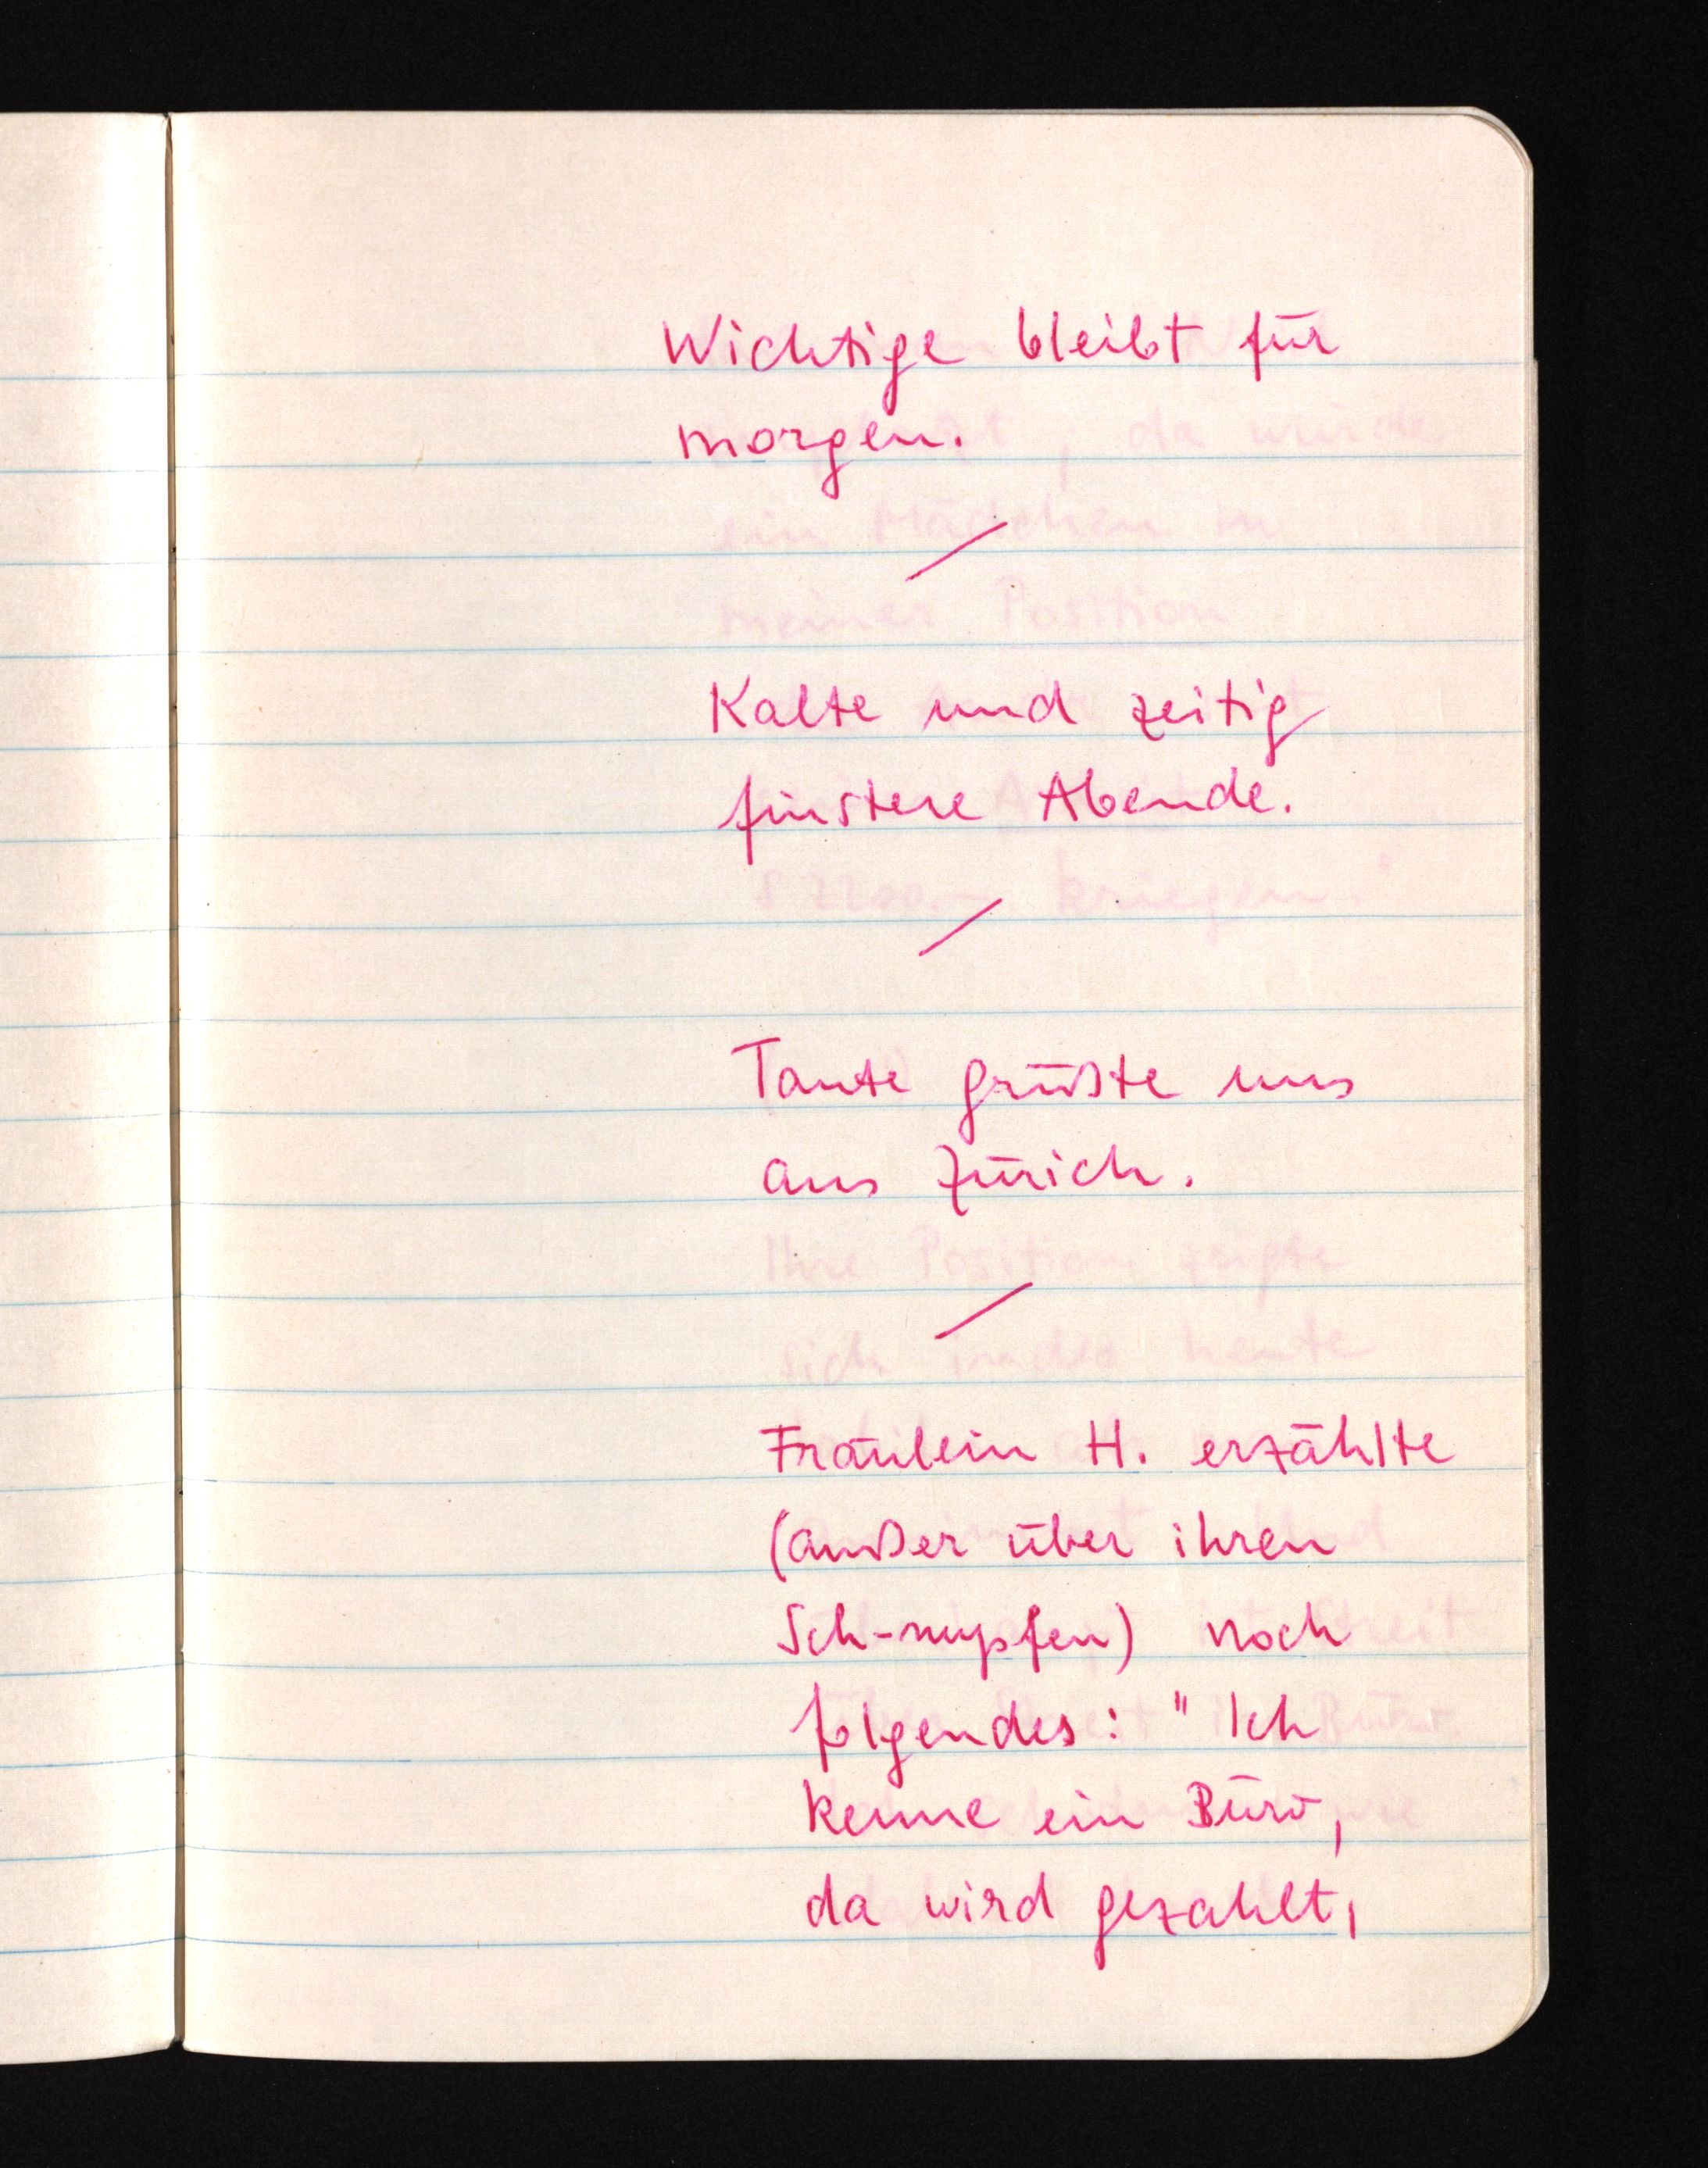
Wichtige bleibt für
morgen.
Kalte und zeitig
finstere Abende.
Tante grüßte uns
aus Zürich.
Fräulein H. erzählte
(außer über ihren
Sch-nupfen) noch
folgendes: "Ich
kenne ein Büro,
da wird gezahlt,